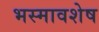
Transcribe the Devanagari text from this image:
भस्मावशेष